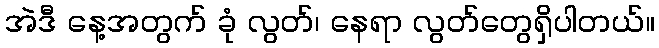
အဲဒီ နေ့အတွက် ခုံ လွတ်၊ နေရာ လွတ်တွေရှိပါတယ်။